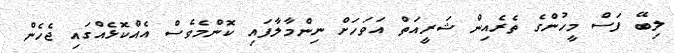
ލިބޭ ފަސް މީހުންގެ ތެރެއިން ޝަރީއަތް އަވަަހަށް ނިންމާލާފައި ކޮންމެވެސް އެއްކޮޅެއްގައި ޖެހެން